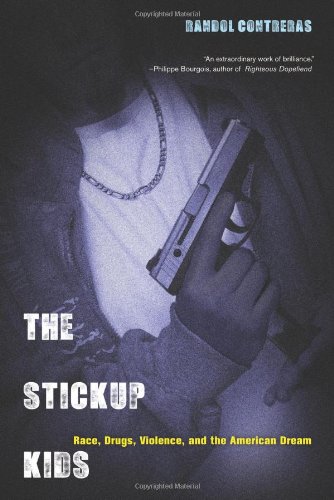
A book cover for The Stickup Kids: Race, Drugs, Violence, and the American Dream; Randol Contreras; Politics & Social Sciences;